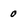
Character: o